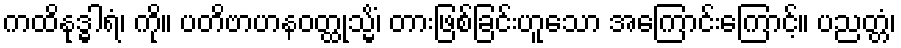
ကထိနုဒ္ဓါရံ၊ ကို။ ပတိဗာဟနဝတ္ထုသ္မိံ၊ တားဖြစ်ခြင်းဟူသော အကြောင်းကြောင့်။ ပညတ္တံ၊